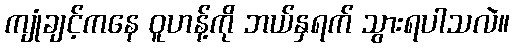
ကျုံချင့်ကနေ ဝူဟန့်ကို ဘယ်နှရက် သွားရပါသလဲ။